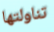
تناولتها